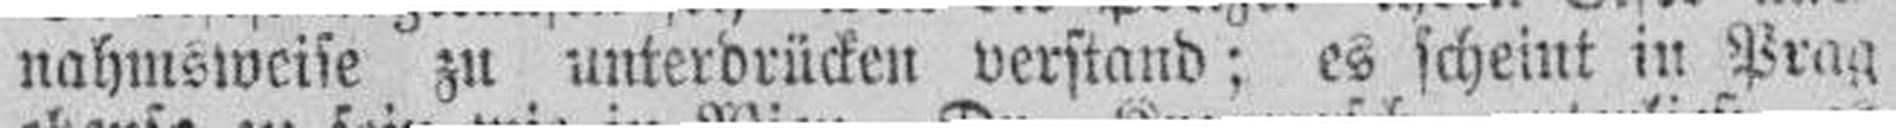
nahmsweise zu unterdrücken verstand; es scheint in Pran